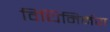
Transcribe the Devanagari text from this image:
विधिनिर्मण